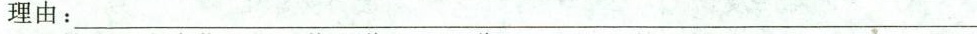
理由：___